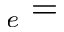
_ e =